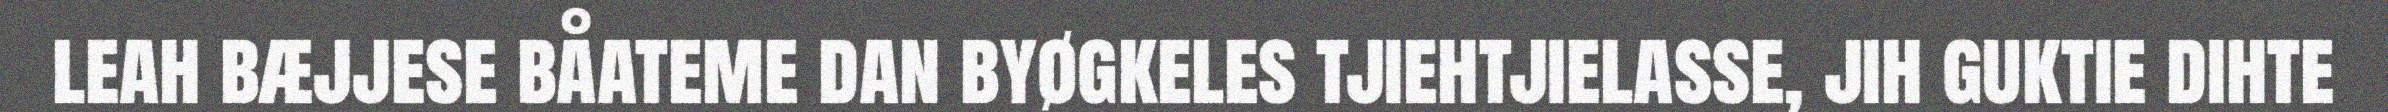
leah bæjjese båateme dan byøgkeles tjiehtjielasse, jih guktie dihte